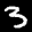
Label: 3